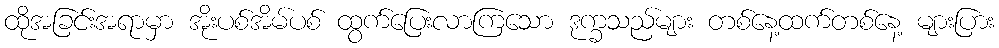
ထိုအခြင်းအရာမှာ အိုးပစ်အိမ်ပစ် ထွက်ပြေးလာကြသော ဒုက္ခသည်များ တစ်နေ့ထက်တစ်နေ့ များပြား